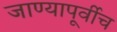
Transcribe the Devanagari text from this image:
जाण्यापूर्वीच